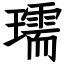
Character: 瓀